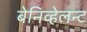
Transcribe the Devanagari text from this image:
बेनिव्हेलन्ट